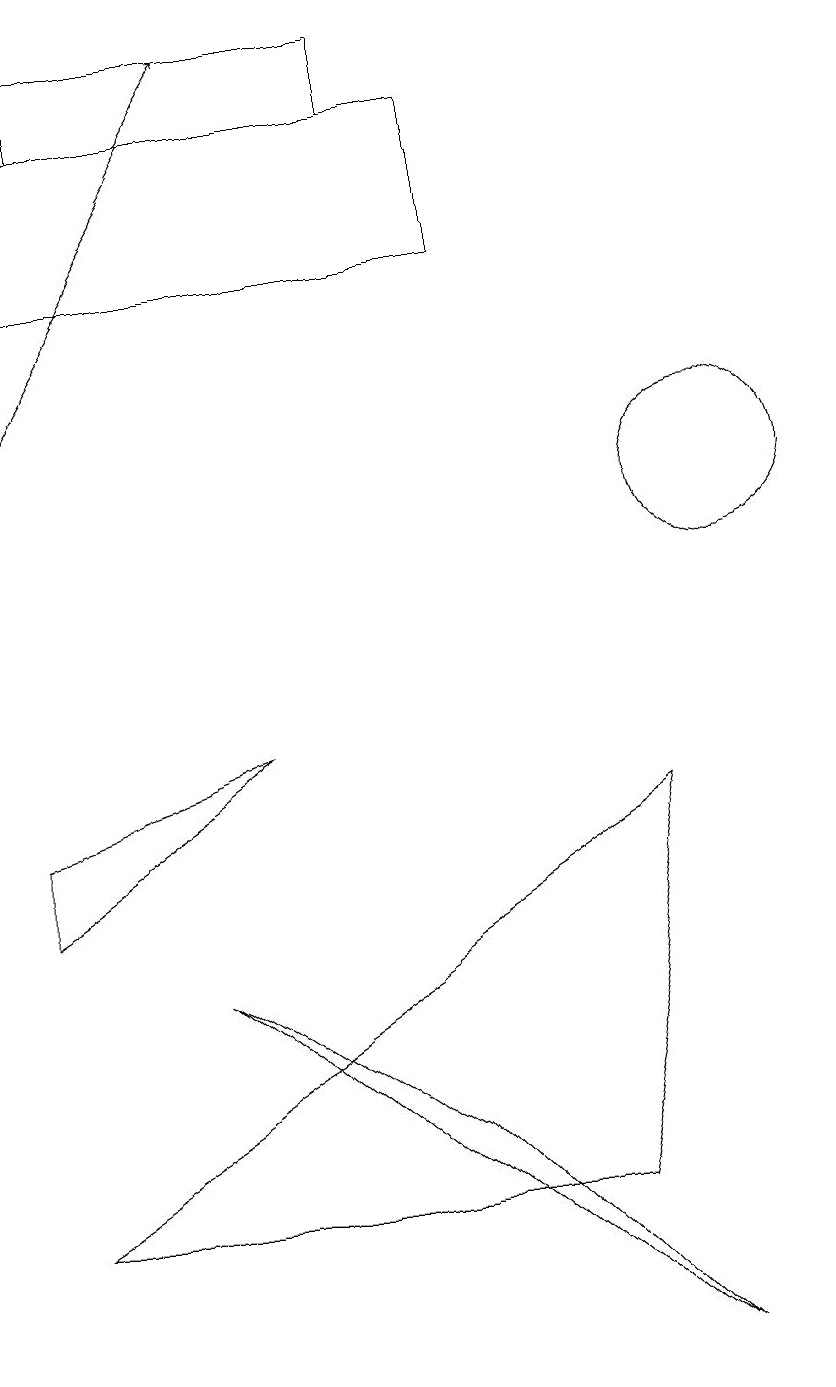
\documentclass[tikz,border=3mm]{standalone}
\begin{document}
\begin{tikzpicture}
\draw (9,0) -- (3,5) -- (6,3) -- cycle;
\draw (2,16) rectangle (6,17);
\draw (1,14) rectangle (7,16);
\draw (4,8) -- (1,6) -- (1,7) -- cycle;
\draw (9,7) -- (8,2) -- (1,2) -- cycle;
\draw (10,11) circle (1);
\draw[->] (1,12) -- (4,17);
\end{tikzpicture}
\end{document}